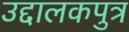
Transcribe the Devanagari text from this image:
उद्दालकपुत्र